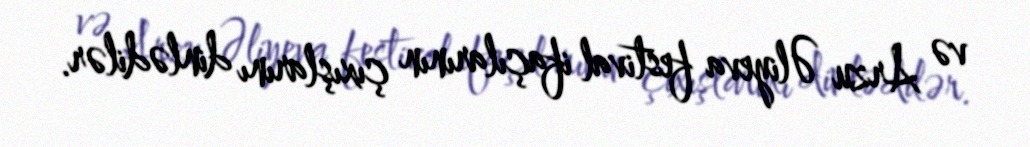
və Arzu Əliyeva festival ifaçılarının çıxışlarını dinlədilər.